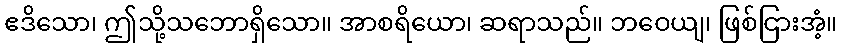
ဧဒိသော၊ ဤသို့သဘောရှိသော။ အာစရိယော၊ ဆရာသည်။ ဘဝေယျ၊ ဖြစ်ငြားအံ့။